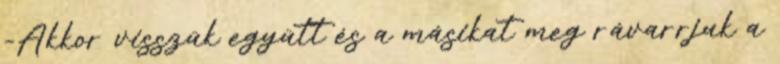
-Akkor visszük együtt és a másikat meg rávarrjuk a